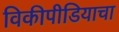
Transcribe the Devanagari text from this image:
विकीपीडियाचा